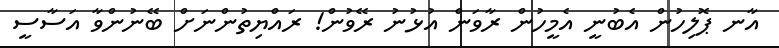
އާނ ޕޮލިހުން އެބުނީ އެމީހުން ރާވަން އުޅުނު ރޭވުން! ރައްޔިތުންނަށް ބޭނުންވާ އަސާސީ